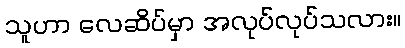
သူဟာ လေဆိပ်မှာ အလုပ်လုပ်သလား။